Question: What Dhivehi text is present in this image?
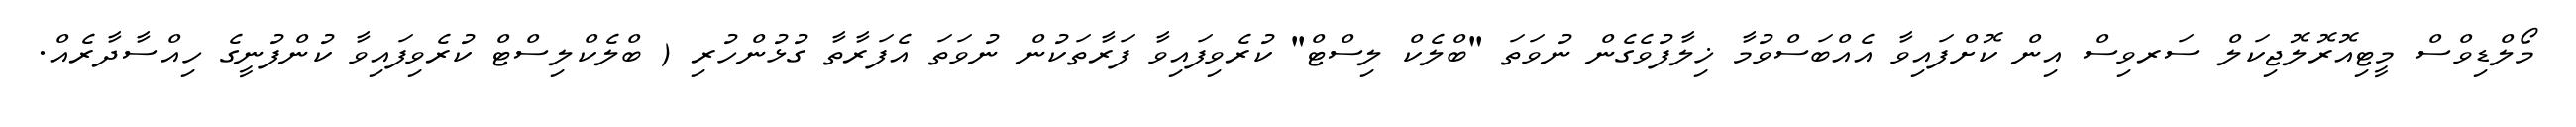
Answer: މޯލްޑިވްސް މީޓިއޮރޮލޮޖިކަލް ސަރވިސް އިން ކޮށްފައިވާ އެއްބަސްވުމާ ޚިލާފުވެގެން ނުވަތަ "ބްލެކް ލިސްޓް" ކުރެވިފައިވާ ފަރާތަކުން ނުވަތަ އެފަރާތާ ގުޅުންހުރި ( ބްލެކްލިސްޓް ކުރެވިފައިވާ ކުންފުނީގެ ހިއްސާދާރެއް.